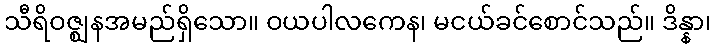
သီရိဝဇ္ဈနအမည်ရှိသော။ ဝယပါလကေန၊ မငယ်ခင်စောင်သည်။ ဒိန္နာ၊